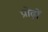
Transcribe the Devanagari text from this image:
प्रोढ़ों